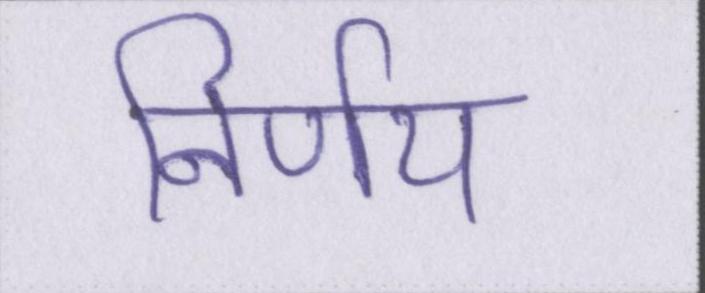
निर्णय